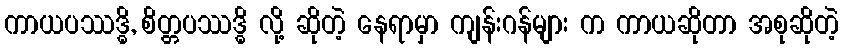
ကာယပဿဒ္ဓိ, စိတ္တပဿဒ္ဓိ လို့ ဆိုတဲ့ နေရာမှာ ကျန်းဂန်များ က ကာယဆိုတာ အစုဆိုတဲ့